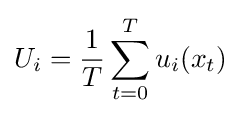
U_{i}={\frac {1}{T}}\sum _{t=0}^{T}u_{i}(x_{t})